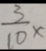
\frac { 3 } { 1 0 } x